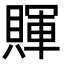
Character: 賱